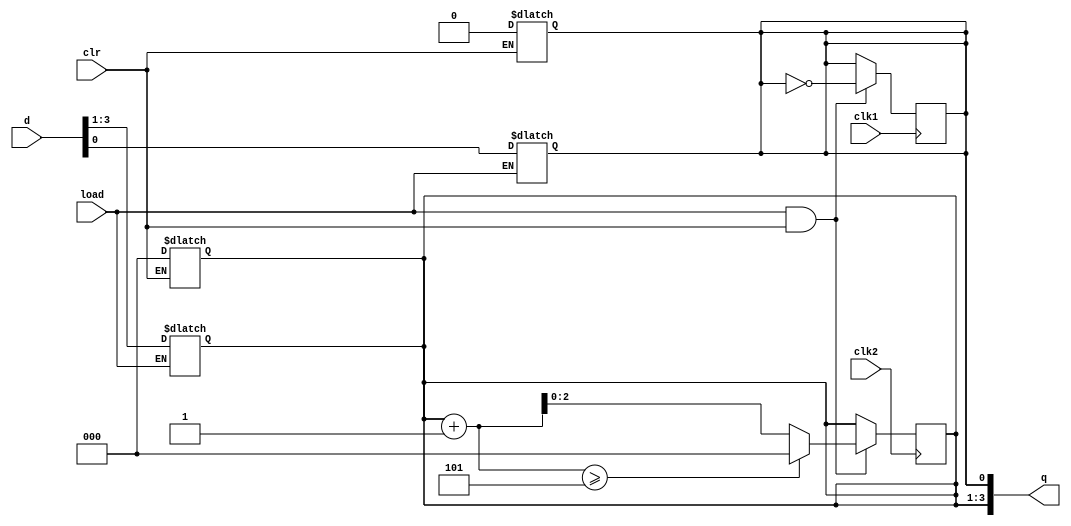
module sn74ls196(q, d, clr, clk1, clk2, load);
input [3:0] d;
input clr, clk1, clk2, load;
output [3:0] q;
reg [2:0] bcd;
reg a;
wire [3:0] inc;

parameter
	// TI TTL data book Vol 1, 1985
	tPLH1_min=0,  tPLH1_typ=8,  tPLH1_max=15, // clk1 -> qa
	tPHL1_min=0,  tPHL1_typ=14, tPHL1_max=21, 
	tPLH2_min=0,  tPLH2_typ=38, tPLH2_max=57, // clk2 ->qb,qc,qd, worst case
	tPHL2_min=0,  tPHL2_typ=41, tPHL2_max=62;
	// clear delay ignored

initial
begin
	a <= 1'bx;
	bcd <= 3'bxxx;
end

always @(load)
begin
	if (load==0) begin
		a <= d[0];
		bcd <= d[3:1];
	end
end

always @(clr)
begin
	if (clr==0) begin
		a <= 0;
		bcd <= 0;
	end
end

assign inc = bcd+1;

always @(negedge clk1)
begin
	if (load==1 && clr==1)
		a <= ~a;
end

always @(negedge clk2)
begin
	if (load==1 && clr==1)
		bcd <= inc>=5 ? 0 : inc;
end

assign #(tPLH1_min:tPLH1_typ:tPLH1_max, tPHL1_min:tPHL1_typ:tPHL1_max)
	q[0] = a;
assign #(tPLH2_min:tPLH2_typ:tPLH2_max, tPHL2_min:tPHL2_typ:tPHL2_max)
	q[3:1] = bcd;

endmodule